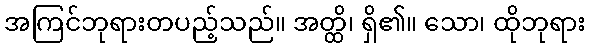
အကြင်ဘုရားတပည့်သည်။ အတ္ထိ၊ ရှိ၏။ သော၊ ထိုဘုရား